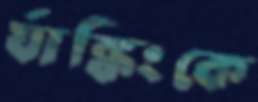
র‍্যাঙ্কিংকে